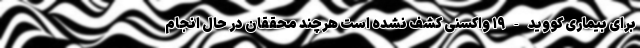
برای بیماری کووید-۱۹ واکسنی کشف نشده است هرچند محققان در حال انجام